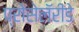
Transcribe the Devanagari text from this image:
प्रोसेलॅरीडे